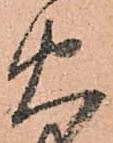
火